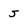
Character: J